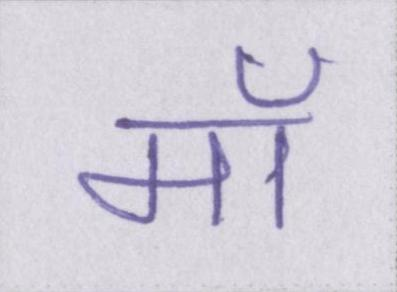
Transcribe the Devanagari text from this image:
मॉ